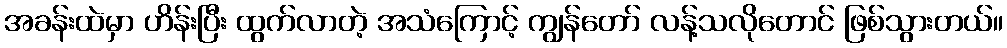
အခန်းထဲမှာ ဟိန်းပြီး ထွက်လာတဲ့ အသံကြောင့် ကျွန်တော် လန့်သလိုတောင် ဖြစ်သွားတယ်။